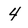
Character: 4